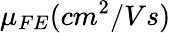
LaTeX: \mu_{FE}(cm^{2}/Vs)